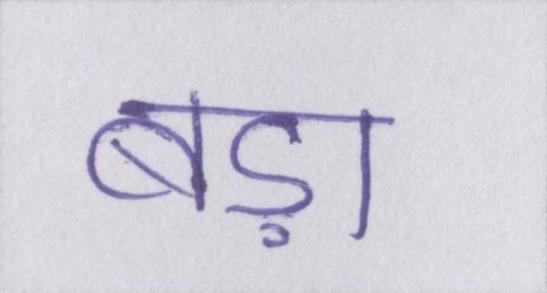
बड़ा